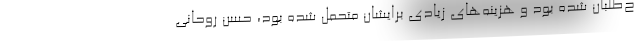
ح‌طلبان شده بود و هزینه‌های زیادی برایشان متحمل شده بود، حسن روحانی